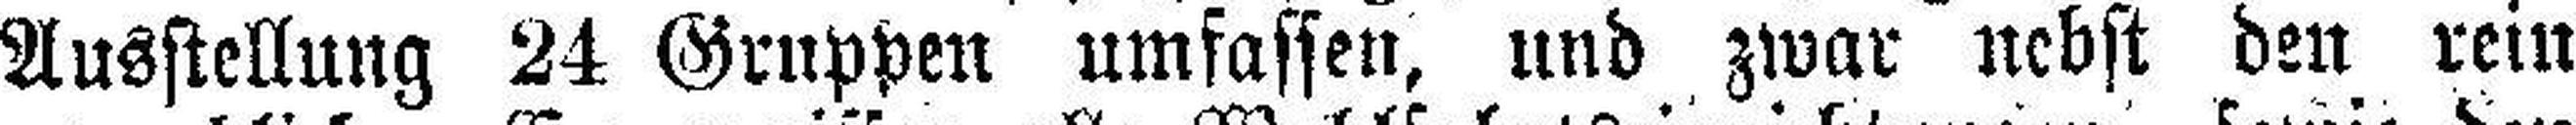
Ausstellung 24 Gruppen umfassen, und zwar nebst den rein